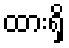
ထားရှိ